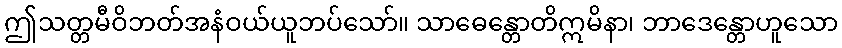
ဤသတ္တမီဝိဘတ်အနံဝယ်ယူဘပ်သော်။ သာဓေန္တောတိဣမိနာ၊ ဘာဒေန္တောဟူသော